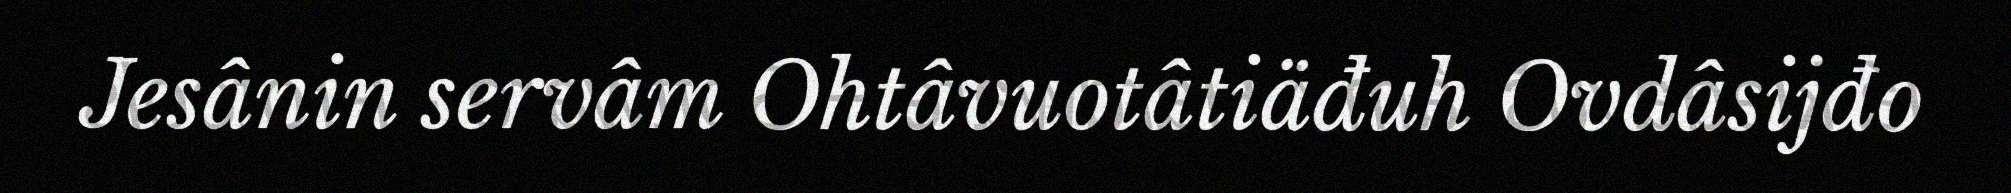
Jesânin servâm Ohtâvuotâtiäđuh Ovdâsijđo